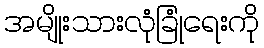
အမျိုးသားလုံခြုံရေးကို